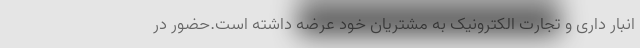
انبار داری و تجارت الکترونیک به مشتریان خود عرضه داشته است.حضور در